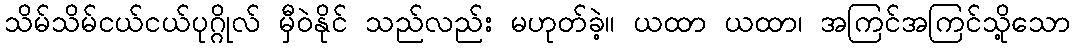
သိမ်သိမ်ငယ်ငယ်ပုဂ္ဂိုလ် မှီဝဲနိုင် သည်လည်း မဟုတ်ခဲ့။ ယထာ ယထာ၊ အကြင်အကြင်သို့သော